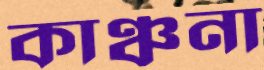
কাঞ্চনা